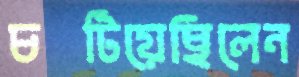
চটিয়েছিলেন